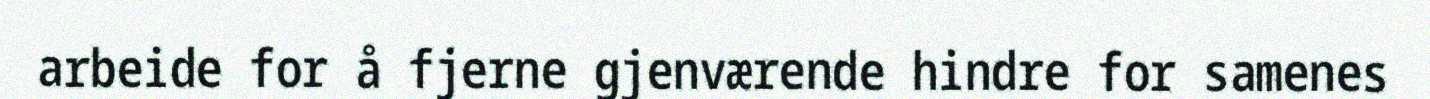
arbeide for å fjerne gjenværende hindre for samenes